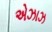
એઝાઝ